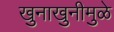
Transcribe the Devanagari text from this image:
खुनाखुनीमुळे